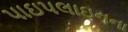
પાઇપલાઇનના